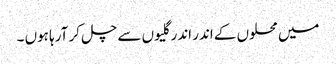
میں محلوں کے اندر اندر گلیوں سے چل کر آرہا ہوں ۔